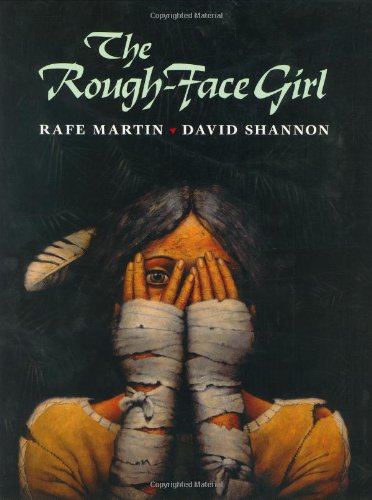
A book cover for The Rough-Face Girl; Rafe Martin; Children's Books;